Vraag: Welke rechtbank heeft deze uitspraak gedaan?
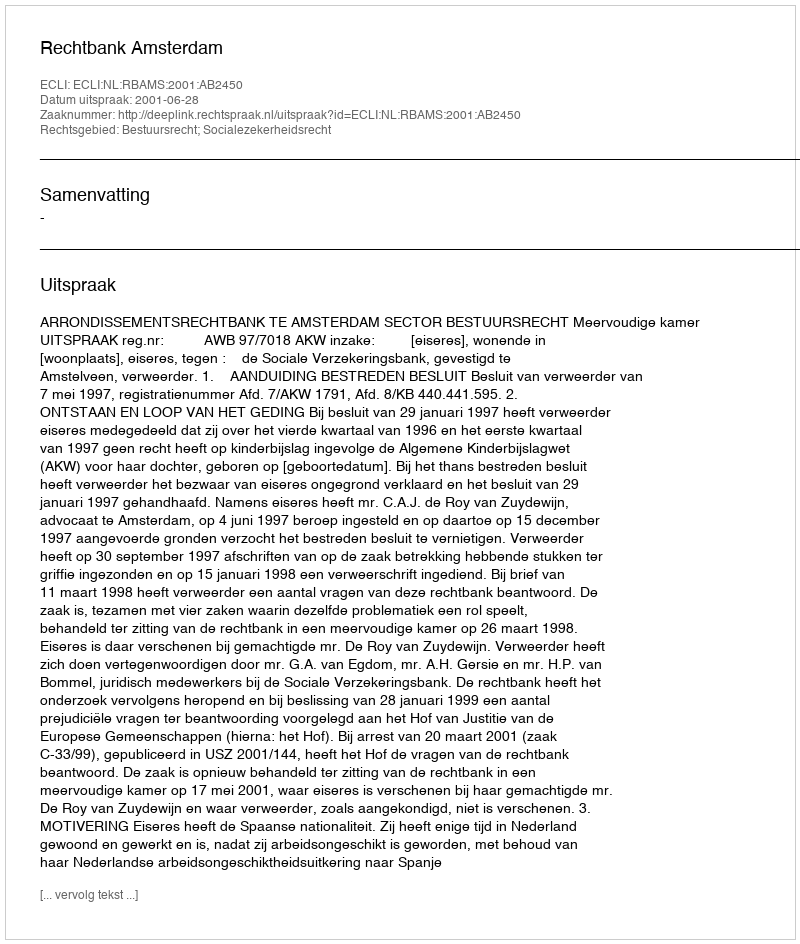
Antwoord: Rechtbank Amsterdam